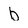
Character: b